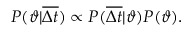
P ( \vartheta | \overline { { \Delta t } } ) \propto P ( \overline { { \Delta t } } | \vartheta ) P ( \vartheta ) .